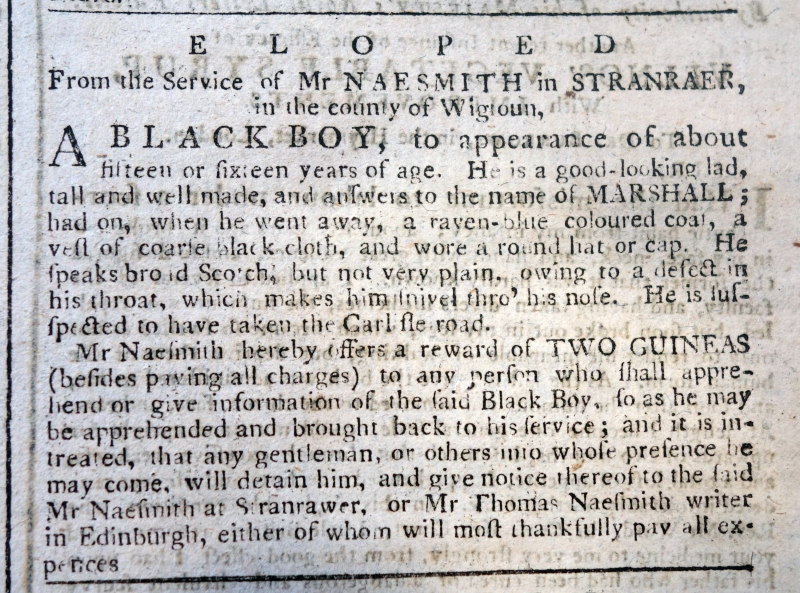
Edinburgh Evening Courant, 14 February 1774 (Scotland)
                 E  L  O  P  E  DFrom the Service of Mr NAESMITH in STRANRAER, the county of Wigtoun,A BLACK BOY, to appearance of about fifteen or sixteen years of age. He is a good-looking lad, tall and well made, and answers to the name of MARSHALL; had on, when he went away, a raven-blue coloured coat, a vest of coarse black cloth, and wore a round hat or cap. He speaks broad Scotch, but not very plain, owing to a defect in his throat, which makes him snivel thro’ his nose. He is suspected to have taken the Carlisle road.   Mr Naesmith hereby offers a reward of TWO GUINEAS (besides paying all charges) to any person who shall apprehend or give information of the said Black Boy, so as he may be apprehended and brought back to his service; and it is intreated, that any gentleman, or others into whose presence he may come, will detain him, and give notice thereof to the said Mr Naesmith at Stranrawer, or Mr Thomas Naesmith writer in Edinburgh, either of whom will most thankfully pay all expences